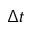
\Delta t